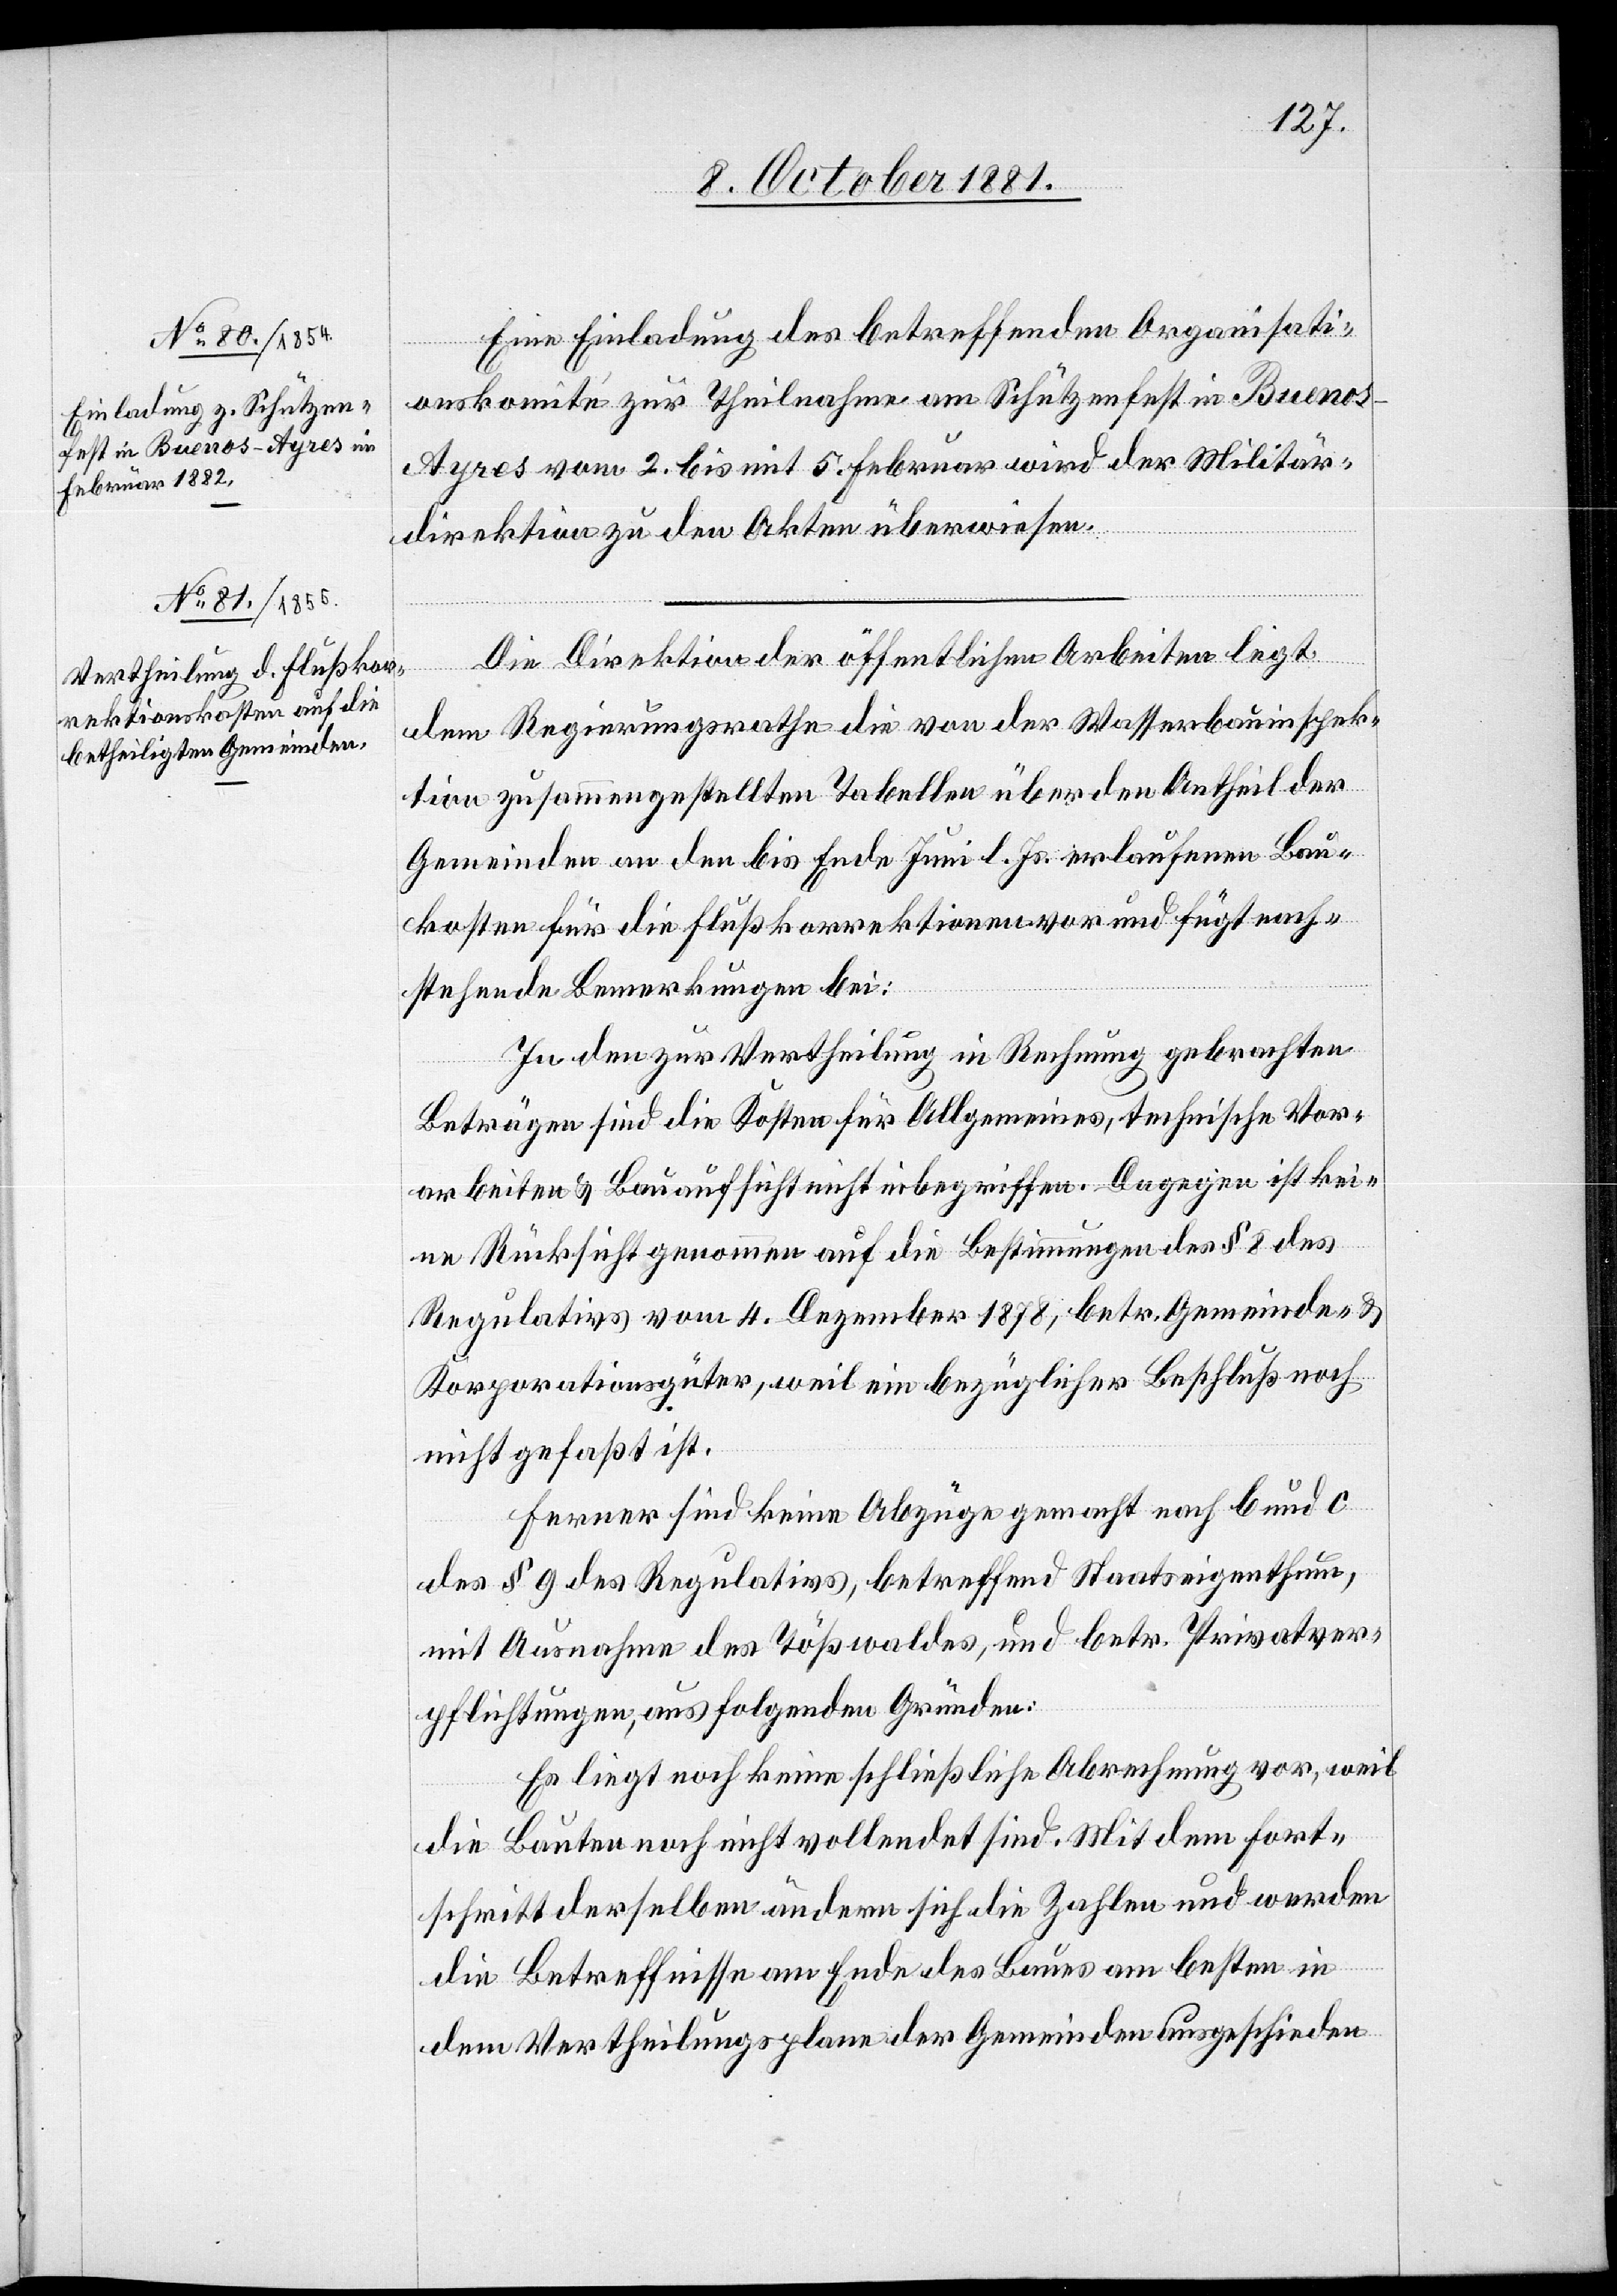
Eine Einladung des betreffenden Organisati¬
onskomité zur Theilnahme am Schützenfest in Bueno¬
s-Ayres vom 2. bis mit 5. Februar wird der Militär¬
direktion zu den Akten überwiesen.
Die Direktion der öffentlichen Arbeiten legt
dem Regierungsrathe die von der Wasserbauinspek¬
tion zusammengestellte Tabellen über den Antheil der
Gemeinden an den bis Ende Juni l. Js. erlaufenen Bau¬
kosten für die Flußkorrektionen vor und fügt nach¬
stehende Bemerkungen bei:
In den zur Vertheilung in Rechnung gebrachten
Beträgen sind die Kosten für Allgemeines, technische Vor¬
arbeiten & Bauaufsicht nicht inbegriffen. Dagegen ist kei¬
ne Rücksicht genommen auf die Bestimmungen des § 8 des
Regulativs vom 4. Dezember 1878, betr. Gemeinde- &
Korporationsgüter, weil ein bezüglicher Beschluß noch
nicht gefaßt ist.
Ferner sind keine Abzüge gemacht nach b und c
des § 9 des Regulativs, betreffend Staatseigenthum,
mit Ausnahme des Tößwaldes, und betr. Privatver¬
pflichtungen, aus folgenden Gründen:
Es liegt noch keine schließliche Abrechnung vor, weil
die Bauten noch nicht vollendet sind. Mit dem Fort¬
schritt derselben ändern sich die Zahlen und werden
die Betreffnisse am Ende des Baues am besten in
dem Vertheilungsplan der Gemeinden ausgeschieden